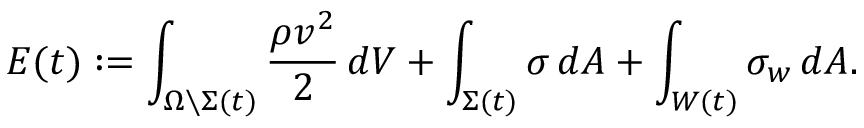
E ( t ) : = \int _ { \Omega \setminus \Sigma ( t ) } \frac { \rho v ^ { 2 } } { 2 } \, d V + \int _ { \Sigma ( t ) } \sigma \, d A + \int _ { W ( t ) } \sigma _ { w } \, d A .